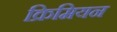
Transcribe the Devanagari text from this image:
क्रिमियन